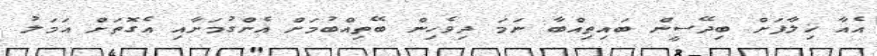
އެއާ ޚިލާފަށް ބިދޭސީން ބައިތިއްބާ ނަމަ ދިވެހިން ބޭތިއްބުމަށް އެންގުމަށާއި އެގޮތަށް އަމަލު